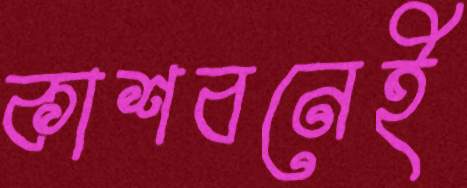
কাশবনেই